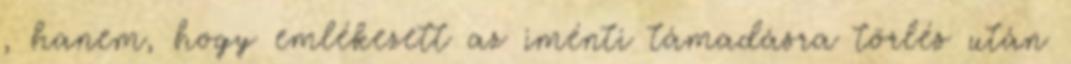
, hanem, hogy emlékezett az iménti támadásra törlés után